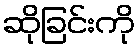
ဆိုခြင်းကို